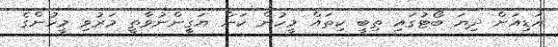
އަޑިއަށް ދިޔަ ބޯޓުގައި ތިބީ ކިތައް މީހުން ކަން ޔަގީންނުވާތީ މަރުވި މީހުންގެ